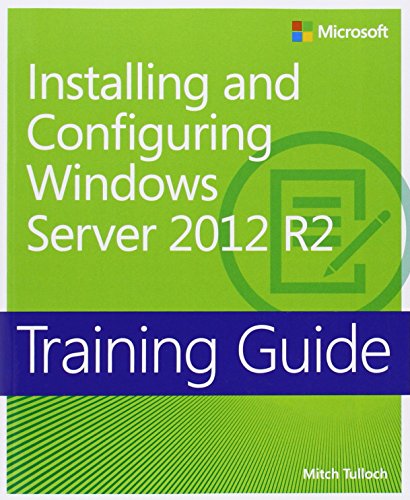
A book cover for Training Guide Installing and Configuring Windows Server 2012 R2 (MCSA) (Microsoft Press Training Guide); Mitch Tulloch; Computers & Technology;